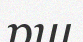
рш